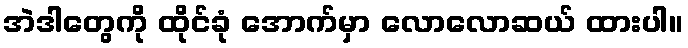
အဲဒါတွေကို ထိုင်ခုံ အောက်မှာ လောလောဆယ် ထားပါ။